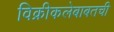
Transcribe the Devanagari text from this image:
विक्रीकलेबाबतची